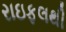
રાઇફલથી